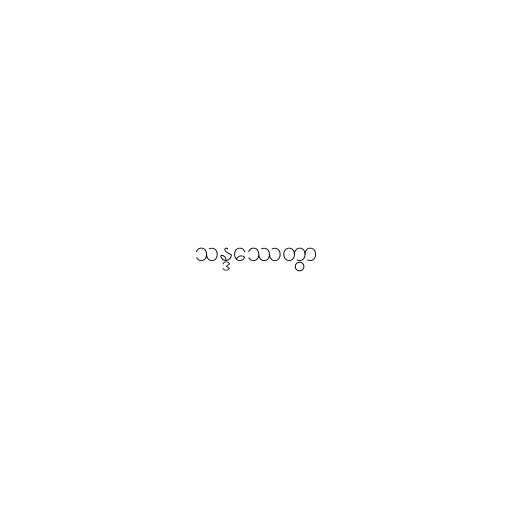
သန္ဒဿေတွာ